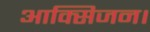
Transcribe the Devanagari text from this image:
आक्सिजन।